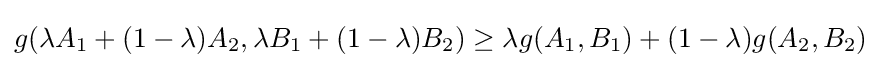
g(\lambda A_{1}+(1-\lambda )A_{2},\lambda B_{1}+(1-\lambda )B_{2})\geq \lambda g(A_{1},B_{1})+(1-\lambda )g(A_{2},B_{2})